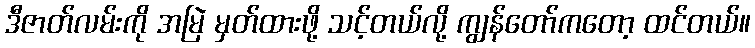
ဒီဇာတ်လမ်းကို အမြဲ မှတ်ထားဖို့ သင့်တယ်လို့ ကျွန်တော်ကတော့ ထင်တယ်။